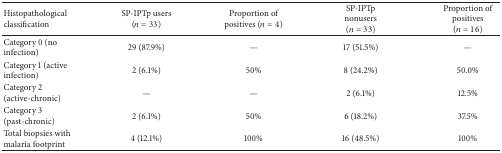
<table><thead><tr><td><b>Histopathological classification</b></td><td><b>SP-IPTp users (<i>n</i> = 33)</b></td><td><b>Proportion of positives (<i>n</i> = 4)</b></td><td><b>SP-IPTp nonusers (<i>n</i> = 33)</b></td><td><b>Proportion of positives (<i>n</i> = 16)</b></td></tr></thead><tbody><tr><td>Category 0 (no infection)</td><td>29 (87.9%)</td><td>—</td><td>17 (51.5%)</td><td>—</td></tr><tr><td>Category 1 (active infection)</td><td>2 (6.1%)</td><td>50%</td><td>8 (24.2%)</td><td>50.0%</td></tr><tr><td>Category 2 (active-chronic)</td><td>—</td><td>—</td><td>2 (6.1%)</td><td>12.5%</td></tr><tr><td>Category 3 (past-chronic)</td><td>2 (6.1%)</td><td>50%</td><td>6 (18.2%)</td><td>37.5%</td></tr><tr><td>Total biopsies with malaria footprint</td><td>4 (12.1%)</td><td>100%</td><td>16 (48.5%)</td><td>100%</td></tr></tbody></table>